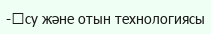
-	су және отын технологиясы